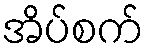
အိပ်စက်